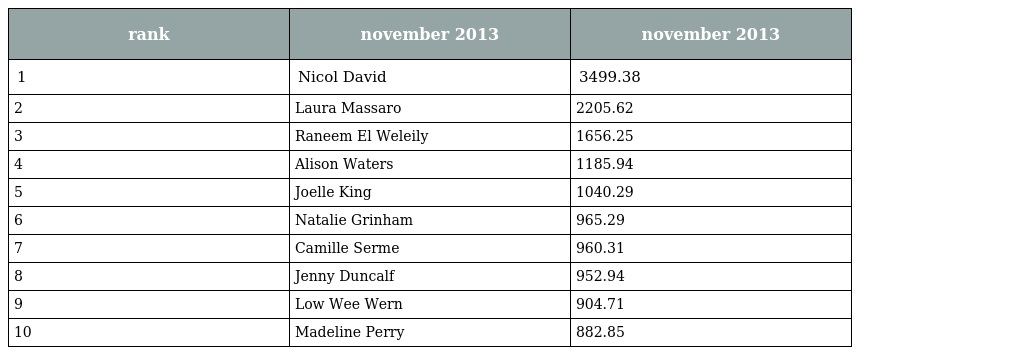
| rank | november 2013 | november 2013 |
 | --- | --- | --- |
 | 1 | Nicol David | 3499.38 |
 | 2 | Laura Massaro | 2205.62 |
 | 3 | Raneem El Weleily | 1656.25 |
 | 4 | Alison Waters | 1185.94 |
 | 5 | Joelle King | 1040.29 |
 | 6 | Natalie Grinham | 965.29 |
 | 7 | Camille Serme | 960.31 |
 | 8 | Jenny Duncalf | 952.94 |
 | 9 | Low Wee Wern | 904.71 |
 | 10 | Madeline Perry | 882.85 |